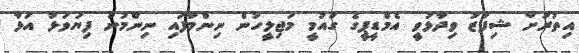
އިތުރަށް ޝިފާޒު ވިދާޅުވީ އެމްޑީޕީގެ ގައުމީ މަޖިލީހުން ނިންމާފައި ނިންމުން ފިޔަވަޅު އަޅާ